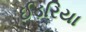
ઈડરિયા